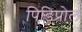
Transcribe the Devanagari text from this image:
पिडिप्रोल